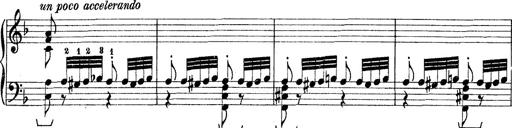
Title: Rapsodie: 19 ungheresi, 1 spagnuola
Composer: Franz Liszt